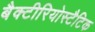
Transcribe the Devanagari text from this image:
बैक्टीरियोस्टैटिक